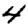
Digit: 4